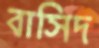
বাসিদ